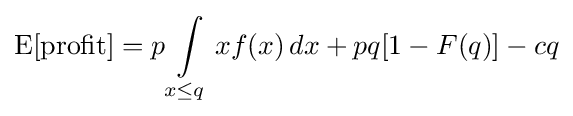
\operatorname {E} [{\text{profit}}]=p\int \limits _{x\leq q}xf(x)\,dx+pq[1-F(q)]-cq